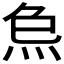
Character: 𤇗